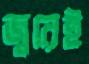
জ্বরেই